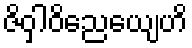
ဇိဝှါဝိညေယျေဟိ